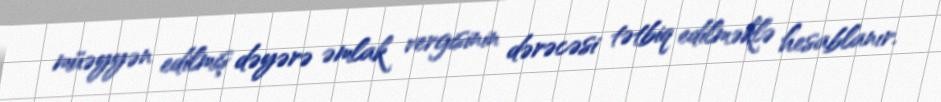
müəyyən edilmiş dəyərə əmlak vergisinin dərəcəsi tətbiq edilməklə hesablanır.